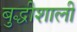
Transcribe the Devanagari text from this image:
बुद्धीशाली